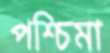
পশ্চিমা